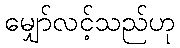
မျှော်လင့်သည်ဟု